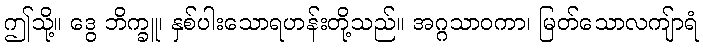
ဤသို့။ ဒွေ ဘိက္ခူ၊ နှစ်ပါးသောရဟန်းတို့သည်။ အဂ္ဂသာဝကာ၊ မြတ်သောလကျ်ာရံ